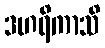
ဒဟရိကာသိ